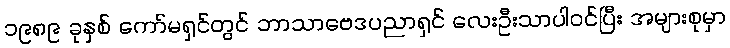
၁၉၈၉ ခုနှစ် ကော်မရှင်တွင် ဘာသာဗေဒပညာရှင် လေးဦးသာပါဝင်ပြီး အများစုမှာ